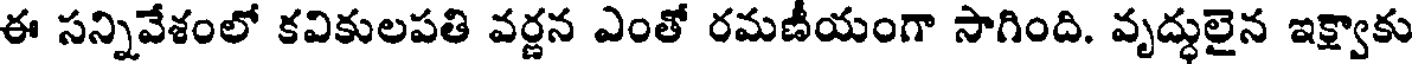
ఈ సన్నివేశంలో కవికులపతి వర్ణన ఎంతో రమణీయంగా సాగింది. వృద్ధులైన ఇక్ష్వాకు